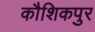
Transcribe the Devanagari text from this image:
कौशिकपुर